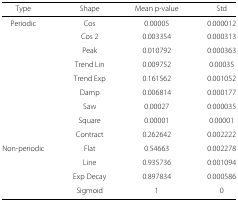
<table><thead><tr><td><b>Type</b></td><td><b>Shape</b></td><td><b>Mean p-value</b></td><td><b>Std</b></td></tr></thead><tbody><tr><td>Periodic</td><td>Cos</td><td>0.00005</td><td>0.000012</td></tr><tr><td></td><td>Cos 2</td><td>0.003354</td><td>0.000313</td></tr><tr><td></td><td>Peak</td><td>0.010792</td><td>0.000363</td></tr><tr><td></td><td>Trend Lin</td><td>0.009752</td><td>0.00035</td></tr><tr><td></td><td>Trend Exp</td><td>0.161562</td><td>0.001052</td></tr><tr><td></td><td>Damp</td><td>0.006814</td><td>0.000177</td></tr><tr><td></td><td>Saw</td><td>0.00027</td><td>0.000035</td></tr><tr><td></td><td>Square</td><td>0.00001</td><td>0.00001</td></tr><tr><td></td><td>Contract</td><td>0.262642</td><td>0.002222</td></tr><tr><td>Non-periodic</td><td>Flat</td><td>0.54663</td><td>0.002278</td></tr><tr><td></td><td>Line</td><td>0.935736</td><td>0.001094</td></tr><tr><td></td><td>Exp Decay</td><td>0.897834</td><td>0.000586</td></tr><tr><td></td><td>Sigmoid</td><td>1</td><td>0</td></tr></tbody></table>